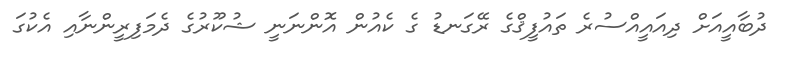
ދުބާއީއަށް ދިއައީއްސުރެ ތައުފީޤްގެ ރޭގަނޑު ގެ ކެއުން އޮންނަނީ ޝުކޫރުގެ ދެމަފިރީންނާއި އެކުގަ